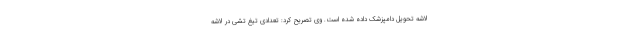
لاشه تحویل دامپزشک داده شده است. وی تصریح کرد: تعدادی تیغ تشی در لاشه